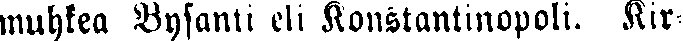
muhkea Bysanti eli Konstantinopoli. Kir-